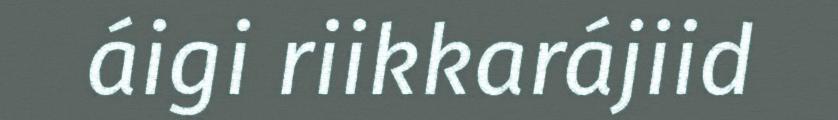
áigi riikkarájiid